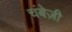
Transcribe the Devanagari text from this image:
चंबेज़ी